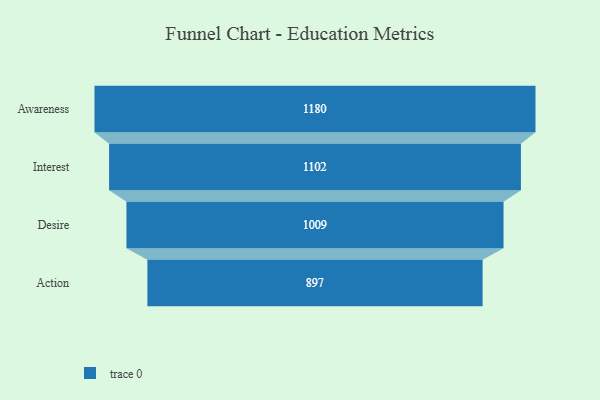
{"axis": {"x": "Stage", "y": "Value"}, "legend": [""], "data": [{"x": "Awareness", "y": 1180.0, "type": ""}, {"x": "Interest", "y": 1102.0, "type": ""}, {"x": "Desire", "y": 1009.0, "type": ""}, {"x": "Action", "y": 897.0, "type": ""}]}